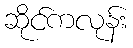
ဆိုင်ကလုန်း